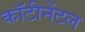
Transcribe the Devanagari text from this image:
कॉटीनेंटल